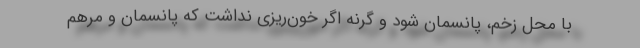
با محل زخم، پانسمان شود و گرنه اگر خون‌ریزی نداشت که پانسمان و مرهم